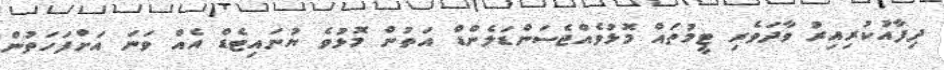
ދިފާއުކުރިއިރު ވާދަވެރި ޓީމުތައް މޮޅުވެއްޖެސަންޑަލެންޑް އަތުން މޮޅުވެ ޔުނައިޓެޑް އެއް ވަނަ އަށްފަހަތުން